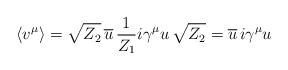
LaTeX: \begin{align*}\langle v^\mu \rangle = \sqrt{Z_2} \, \overline{u} \, {1\over Z_1}i \gamma^\mu u \, \sqrt{Z_2} = \overline{u} \, i \gamma^\mu u\end{align*}